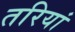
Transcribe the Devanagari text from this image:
तरियां